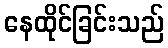
နေထိုင်ခြင်းသည်